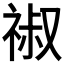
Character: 𥚔